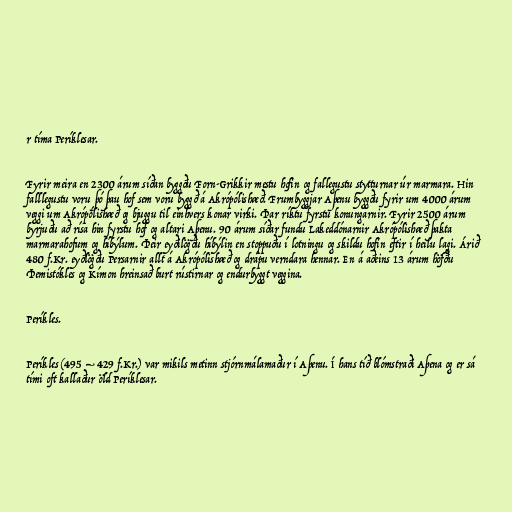
r tíma Períklesar.

Fyrir meira en 2300 árum síðan byggðu Forn-Grikkir mestu hofin og fallegustu stytturnar úr marmara. Hin
falllegustu voru þó þau hof sem voru byggð á Akrópólishæð. Frumbyggjar Aþenu byggðu fyrir um 4000 árum
veggi um Akrópólishæð og bjuggu til einhvers konar virki. Þar ríktu fyrstu konungarnir. Fyrir 2500 árum
byrjuðu að rísa hin fyrstu hof og altari Aþenu. 90 árum síðar fundu Lakeddónarnir Akrópólishæð þakta
marmarahofum og híbýlum. Þeir eyðilögðu híbýlin en stoppuðu í lotningu og skildu hofin eftir í heilu lagi. Árið
480 f.Kr. eyðlögðu Persarnir allt á Akrópólishæð og drápu verndara hennar. En á aðeins 13 árum höfðu
Þemistókles og Kímon hreinsað burt rústirnar og endurbyggt veggina.

Períkles.

Períkles (495 – 429 f.Kr.) var mikils metinn stjórnmálamaður í Aþenu. Í hans tíð blómstraði Aþena og er sá
tími oft kallaður öld Períklesar.